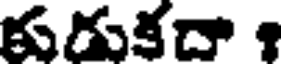
కుడుకదా ?